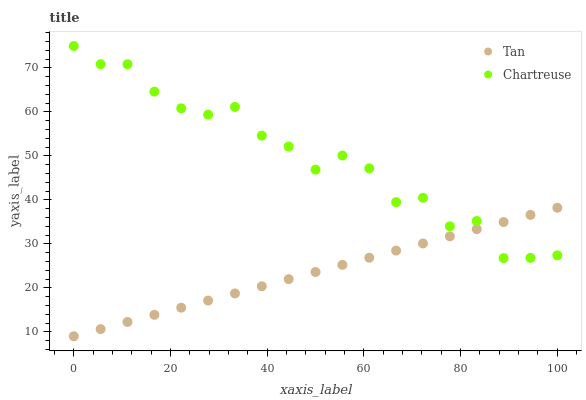
| xaxis_label | Tan | Chartreuse |
 | --- | --- | --- |
 | 0 | 9 | 75 |
 | 5.56 | 10.6 | 70.9 |
 | 11.1 | 12.2 | 70.9 |
 | 16.7 | 13.9 | 64.6 |
 | 22.2 | 15.5 | 60.8 |
 | 27.8 | 17.1 | 59.4 |
 | 33.3 | 18.7 | 61.2 |
 | 38.9 | 20.4 | 54.6 |
 | 44.4 | 22 | 52.1 |
 | 50 | 23.6 | 46.9 |
 | 55.6 | 25.2 | 50.1 |
 | 61.1 | 26.9 | 47.2 |
 | 66.7 | 28.5 | 39.5 |
 | 72.2 | 30.1 | 40.5 |
 | 77.8 | 31.7 | 34 |
 | 83.3 | 33.3 | 35.2 |
 | 88.9 | 35 | 26.8 |
 | 94.4 | 36.6 | 26.8 |
 | 100 | 38.2 | 27.4 |